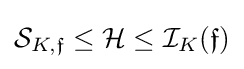
{\mathcal {S}}_{K,{\mathfrak {f}}}\leq {\mathcal {H}}\leq {\mathcal {I}}_{K}({\mathfrak {f}})